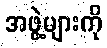
အဖွဲ့များကို